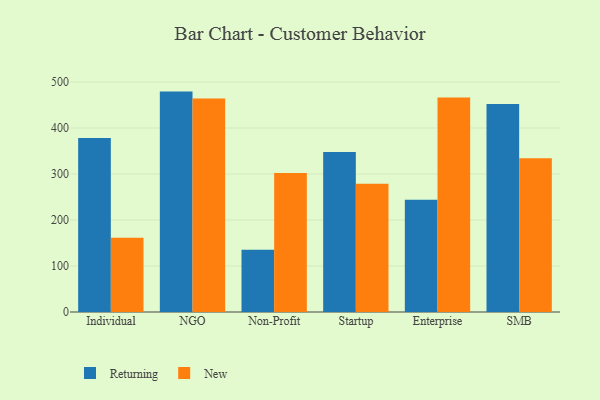
{"axis": {"x": "Segment", "y": "Headcount"}, "legend": ["New", "Returning"], "data": [{"x": "Individual", "y": 378.4, "type": "Returning"}, {"x": "Individual", "y": 161.5, "type": "New"}, {"x": "NGO", "y": 479.2, "type": "Returning"}, {"x": "NGO", "y": 464.1, "type": "New"}, {"x": "Non-Profit", "y": 135.1, "type": "Returning"}, {"x": "Non-Profit", "y": 302.2, "type": "New"}, {"x": "Startup", "y": 348.1, "type": "Returning"}, {"x": "Startup", "y": 278.7, "type": "New"}, {"x": "Enterprise", "y": 244.1, "type": "Returning"}, {"x": "Enterprise", "y": 466.3, "type": "New"}, {"x": "SMB", "y": 452.0, "type": "Returning"}, {"x": "SMB", "y": 334.3, "type": "New"}]}